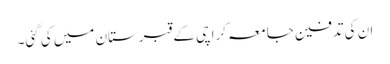
ان کی تدفین جامعہ کراچی کے قبرستان میں کی گئی۔